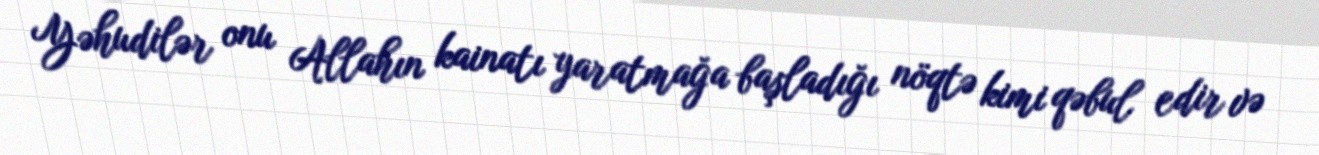
Yəhudilər onu Allahın kainatı yaratmağa başladığı nöqtə kimi qəbul edir və